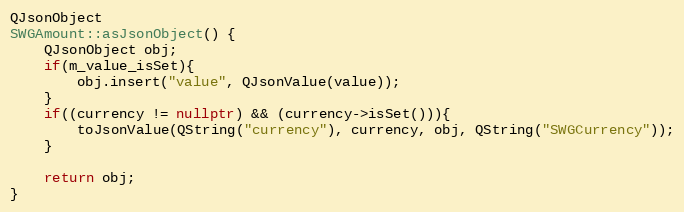
Language: C++
QJsonObject
SWGAmount::asJsonObject() {
    QJsonObject obj;
    if(m_value_isSet){
        obj.insert("value", QJsonValue(value));
    }
    if((currency != nullptr) && (currency->isSet())){
        toJsonValue(QString("currency"), currency, obj, QString("SWGCurrency"));
    }

    return obj;
}